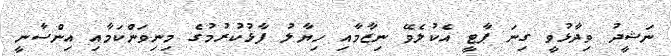
ނަޝީދު ވިދާޅުވީ ގިނަ ޕާޓީ އެކުލެވޭ ނިޒާމާއި ހިޔާލު ފާޅުކުރުމުގެ މިނިވަންކަމާއި އިންސާނީ